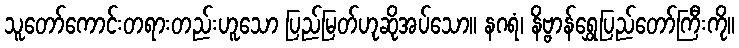
သူတော်ကောင်းတရားတည်းဟူသော ပြည်မြတ်ဟုဆိုအပ်သော။ နဂရံ၊ နိဗ္ဗာန်ရွှေပြည်တော်ကြီးကို။